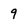
Character: 9